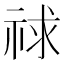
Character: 𥙹